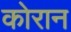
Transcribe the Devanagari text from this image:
कोरान